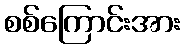
စစ်ကြောင်းအား